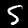
Label: 5